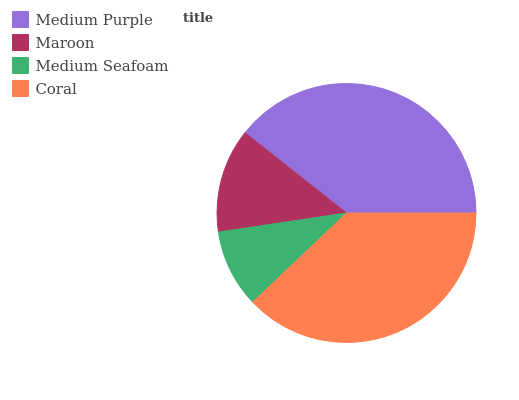
| Medium Purple | Maroon | Medium Seafoam | Coral |
 | --- | --- | --- | --- |
 | 39.3% | 13% | 9.75% | 37.9% |